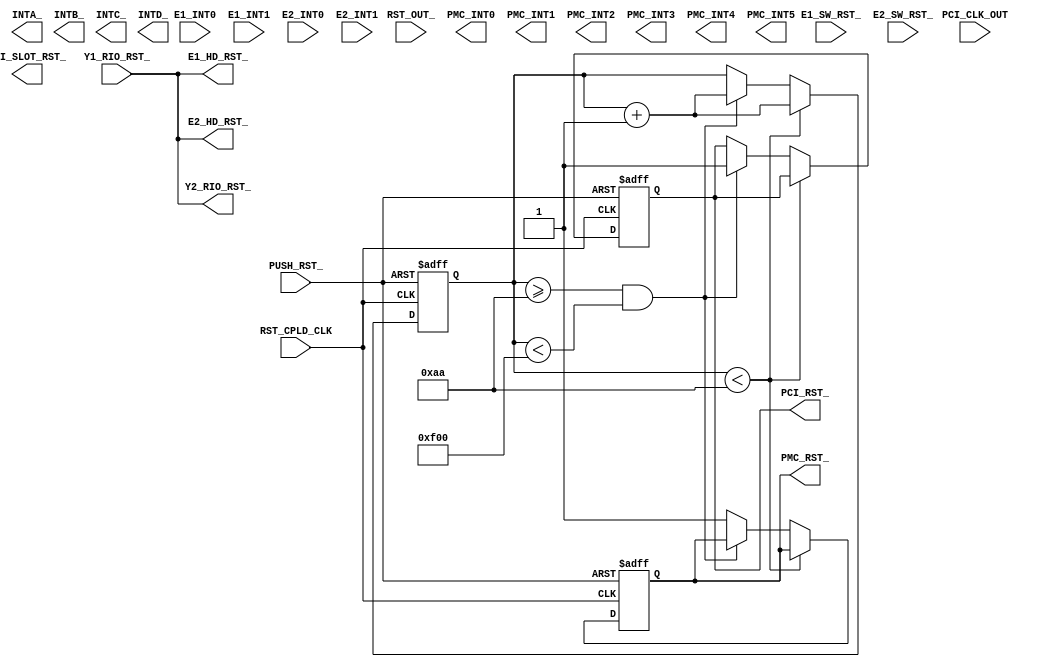
/*****************************************************************************
*  Copyright (c) 2002 Tundra Semiconductor Corp., Kanata, Ontario, CANADA
*
*  Description:		This CPLD design is used for on_board Reset and Interrupt
*                   control of HIP.
*  Name: 				Chad Forward
* 
*  Function:       	(1) PUSH_RST_ control logic
*				(2) Interrupt control
*				(3) PCI reset control
*
*  Change History:	Oct 16th, 2002	--	Creation
*
******************************************************************************/

module hip_rst_int (RST_CPLD_CLK, PCI_CLK_OUT, PUSH_RST_, RST_OUT_, Y1_RIO_RST_, E1_SW_RST_,
					E2_SW_RST_, PCI_RST_, E1_HD_RST_, E2_HD_RST_, Y2_RIO_RST_, PMC_RST_, E1_INT0, 
					E1_INT1, E2_INT0, E2_INT1, INTA_, INTB_, INTC_, INTD_, PMC_INT0,
					PMC_INT1, PMC_INT2, PMC_INT3, PMC_INT4, PMC_INT5,
					PCI_SLOT_RST_);
  
// Port Declaration
	// Reset
	input RST_CPLD_CLK;			// System clock upto 100MHz, from Robo
	input PCI_CLK_OUT;			// Yeti PCI output CLK.

	input PUSH_RST_;		   	// Push button, hard reset  
	input RST_OUT_;				// Supports resets on the PPMC
	input Y1_RIO_RST_;			// Yeti1 RIO reset
	input E1_SW_RST_;				// Ewok1 SW reset
	input E2_SW_RST_;				// Ewok2 SW reset
	
	output PCI_RST_;				// PCI YETI reset
	//input PCI_RST_;
	output PCI_SLOT_RST_;			//PCI Slots reset
	output E1_HD_RST_;			// Ewok1 hard reset
	output E2_HD_RST_;			// Ewok2 hard reset
	//output Y1_RIO_RST_;			// Yeti1 RIO reset
	output Y2_RIO_RST_;			// Yeti2 RIO reset
	output PMC_RST_;

	// Interrupt
	input E1_INT0;				// Ewok1 interrupt signal
	input E1_INT1;	
	input E2_INT0;				// Ewok2 interrupt signal
	input E2_INT1;

	output INTA_;				// Standard PCI interrupts
	output INTB_; 				
	output INTC_;
	output INTD_;
	output PMC_INT0;			//Extra interrupts to PPMC
	output PMC_INT1;
	output PMC_INT2;
	output PMC_INT3;
	output PMC_INT4;
	output PMC_INT5;


//------------1. Push button system reset generation with debounce logic-----------

	parameter PUSHRST_DELAY = 12'h0AA; 		//system clock delay ? simulation
	parameter PMC_DELAY = 12'hF00;
	reg [11:0] p_counter;				//pushrst control counter
	reg pushrst_, pmc_reset_;

	// Start of reset assignments
	assign PCI_RST_ = pushrst_;		//Set PCI_RST to Yeti1
	assign PMC_RST_ = pmc_reset_;		//Set PMC_RST to PPMC

	// RIO Reset (HD Reset) output of Yeti1 is used to set all other HD Resets
	assign E1_HD_RST_ =  Y1_RIO_RST_;
	assign E2_HD_RST_ =  Y1_RIO_RST_;
	assign Y2_RIO_RST_ =  Y1_RIO_RST_; 
	//assign Y1_RIO_RST_ =  pushrst_; 

	always @(posedge RST_CPLD_CLK or negedge PUSH_RST_) begin
		if(!PUSH_RST_)
			begin
				pushrst_ <= 1'b0;			//set pushrst_ to Lo
				pmc_reset_ <= 1'b0;			//set pmc_reset_ to Lo
				p_counter[11:0] <= 12'h00;	//clear the counter
			end
		else if (p_counter[11:0] < PUSHRST_DELAY)
			begin
				p_counter <= p_counter + 1;
			end
		else if ((p_counter[11:00] >= PUSHRST_DELAY) && (p_counter[11:00] < PMC_DELAY))
			begin
				p_counter <= p_counter + 1;
				pushrst_ <= 1;
			end
		else begin
				pmc_reset_ <= 1;			//set PMC_RESET_ to Hi
			end
	end


endmodule